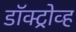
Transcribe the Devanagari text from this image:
डॉक्ट्रोव्ह